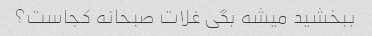
ببخشید میشه بگی غلات صبحانه کجاست؟